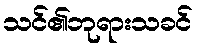
သင်၏ဘုရားသခင်